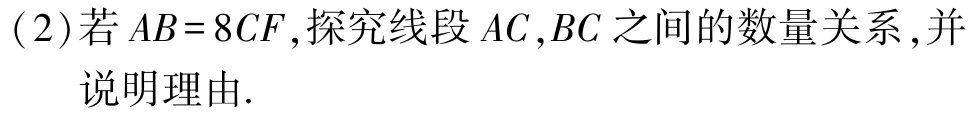
(2)若\(AB = 8CF\)，探究线段\(AC,BC\)之间的数量关系，并说明理由.